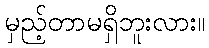
မှည့်တာမရှိဘူးလား။